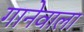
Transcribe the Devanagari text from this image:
गानेवाला